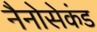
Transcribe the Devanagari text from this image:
नैनोसेकंड